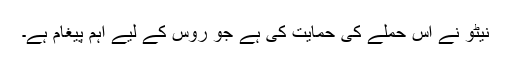
نیٹو نے اس حملے کی حمایت کی ہے جو روس کے لیے اہم پیغام ہے۔